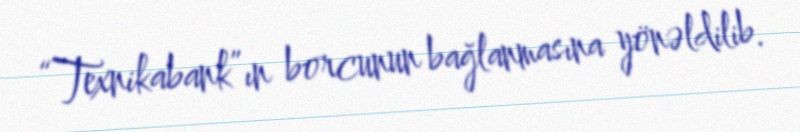
“Texnikabank”ın borcunun bağlanmasına yönəldilib.